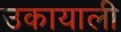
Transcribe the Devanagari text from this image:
उकायाली